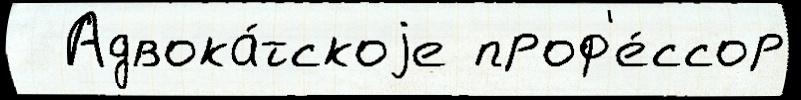
  Адвока́тскоjе проф'е́ссор